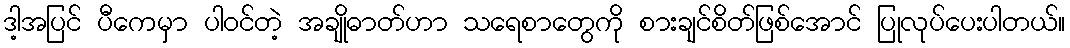
ဒါ့အပြင် ပီကေမှာ ပါဝင်တဲ့ အချိုဓာတ်ဟာ သရေစာတွေကို စားချင်စိတ်ဖြစ်အောင် ပြုလုပ်ပေးပါတယ်။